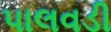
પાલવડી